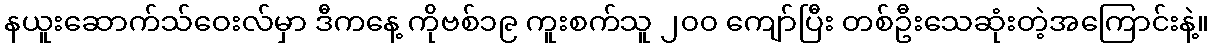
နယူးဆောက်သ်ဝေးလ်မှာ ဒီကနေ့ ကိုဗစ်၁၉ ကူးစက်သူ ၂၀၀ ကျော်ပြီး တစ်ဦးသေဆုံးတဲ့အကြောင်းနဲ့။